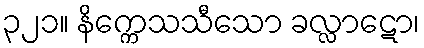
၃၂၁။ နိက္ကေသသီသော ခလ္လာဋော၊